Indian journal of veterinary science and animal husbandry - Volumes 24-25, 1954-1955
Year: 1954
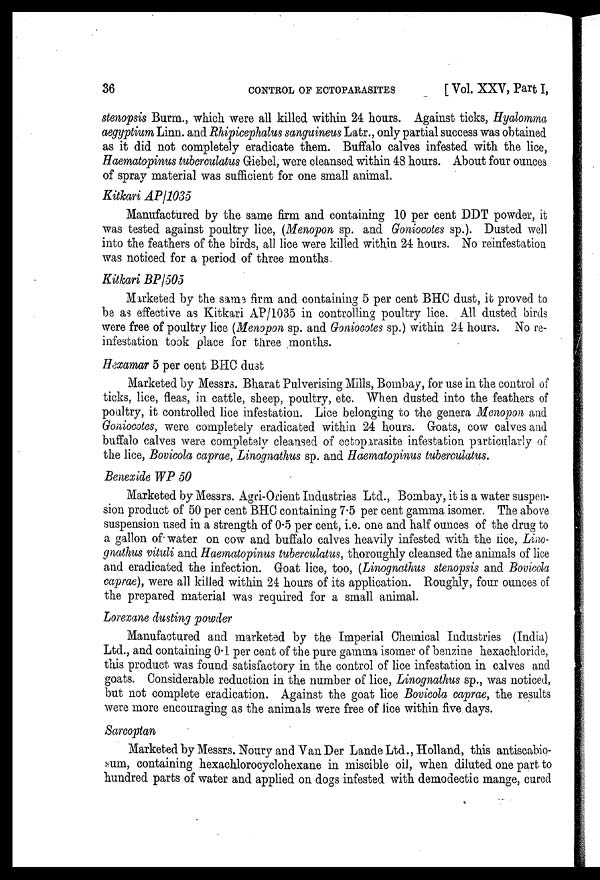
36
CONTROL
OF
ECTOPARASITES
[Vol. XXV, Part I,
stenopsis Burm., which were all killed within 24 hours. Against ticks, Hyalomma
aegyptium Linn, and Rhipicephalus sanguineus Latr., only partial success was obtained
as it did not completely eradicate them. Buffalo calves infested with the lice,
Haematopinus tuberculatus Giebel, were cleansed within 48 hours. About four ounces
of spray material was sufficient for one small animal.
Kitkari AP/1035
Manufactured by the same firm and containing 10 per cent DDT powder, it
was tested against poultry lice, (Menopon sp. and Goniocotes sp.). Dusted well
into the feathers of the birds, all lice were killed within 24 hours. No reinfestation
was noticed for a period of three months.
Kitkari BP/505
Marketed by the same firm and containing 5 per cent BHC dust, it proved to
be as effective as Kitkari AP/1035 in controlling poultry lice. All dusted birds
were free of poultry lice (Menopon sp. and Goniocotes sp.) within 24 hours. No re-
infestation took place for three months.
Hexamar 5 per cent BHC dust
Marketed by Messrs. Bharat Pulverising Mills, Bombay, for use in the control of
ticks, lice, fleas, in cattle, sheep, poultry, etc. When dusted into the feathers of
poultry, it controlled lice infestation. Lice belonging to the genera Menopon and
Goniocotes, were completely eradicated within 24 hours. Groats, cow calves and
buffalo calves were completely cleansed of ectoparasite infestation particularly of
the lice, Bovicola caprae, Linognathus sp. and Haematopinus tuberculatus.
Benexide WP 50
Marketed by Messrs. Agri-Orient Industries Ltd., Bombay, it is a water suspen-
sion product of 50 per cent BHC containing 7.5 per cent gamma isomer. The above
suspension used in a strength of 0.5 per cent, i.e. one and half ounces of the drug to
a gallon of water on cow and buffalo calves heavily infested with the lice, Lino-
gnathus vituli and Haematopinus tuberculatus, thoroughly cleansed the animals of lice
and eradicated the infection. Goat lice, too, (Linognathus stenopsis and Bovicola
caprae), were all killed within 24 hours of its application. Roughly, four ounces of
the prepared material was required for a small animal.
Lorexane dusting powder
Manufactured and marketed by the Imperial Chemical Industries (India)
Ltd., and containing 0.1 per cent of the pure gamma isomer of benzine hexachloride,
this product was found satisfactory in the control of lice infestation in calves and
goats. Considerable reduction in the number of lice, Linognathus sp., was noticed,
but not complete eradication. Against the goat lice Bovicola caprae, the results
were more encouraging as the animals were free of lice within five days.
Sarcoptan
Marketed by Messrs. Noury and Van Der Lande Ltd., Holland, this antiscabio-
sum, containing hexachlorocyclohexane in miscible oil, when diluted one part to
hundred parts of water and applied on dogs infested with demodectic mange, cured